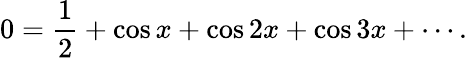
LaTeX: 0={\frac{1}{2}}+\cos x+\cos 2x+\cos 3x+\cdots.